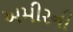
અમીરની